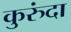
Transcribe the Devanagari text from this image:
कुरुंदा